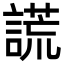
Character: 謊